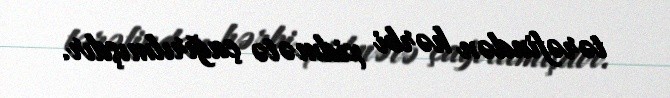
tərəfindən hərbi xidmətə çağırılmışdır.